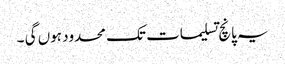
یہ پانچ تسلیمات تک محدود ہوں گی ۔